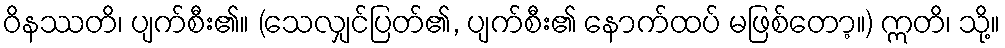
ဝိနဿတိ၊ ပျက်စီး၏။ (သေလျှင်ပြတ်၏, ပျက်စီး၏ နောက်ထပ် မဖြစ်တော့။) ဣတိ၊ သို့။